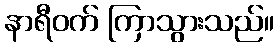
နာရီဝက် ကြာသွားသည်။